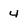
Character: 4